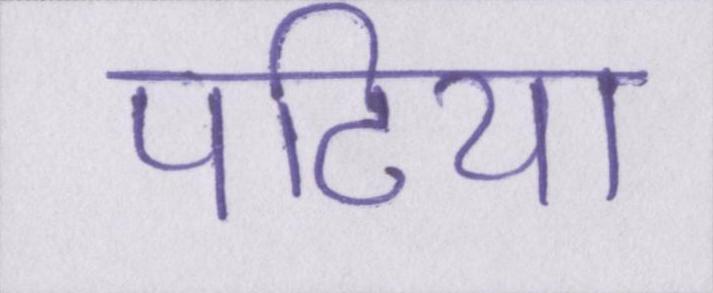
पटिया